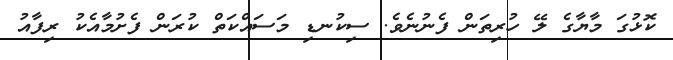
ކޮޅުގަ މާޔާގެ ލޭ ހުރިތަން ފެނުނެވެ. ސިކުނޑި މަސައްކަތް ކުރަން ފެށުމާއެކު ރިފާއު